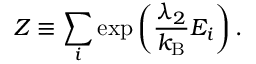
Z \equiv \sum _ { i } \exp \left( { \frac { \lambda _ { 2 } } { k _ { \mathrm { B } } } } E _ { i } \right) .